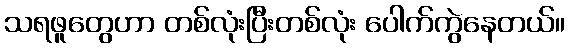
သရဖူတွေဟာ တစ်လုံးပြီးတစ်လုံး ပေါက်ကွဲနေတယ်။